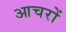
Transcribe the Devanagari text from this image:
आचरों